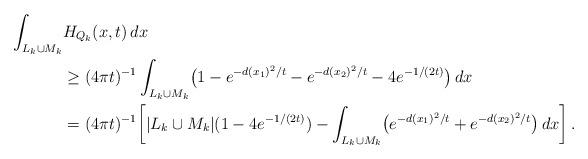
LaTeX: \begin{align*} \int_{L_k\cup M_k}&H_{Q_k}(x, t)\, dx \\ &\geq (4\pi t)^{-1}\int_{L_k\cup M_k} \bigl(1-e^{-d(x_1)^2/t}-e^{-d(x_2)^2/t}-4e^{-1/(2t)}\bigr)\, dx \\ &= (4\pi t)^{-1}\biggl[|L_k\cup M_k|(1-4e^{-1/(2t)}) -\int_{L_k\cup M_k} \bigl(e^{-d(x_1)^2/t}+e^{-d(x_2)^2/t}\bigr)\, dx\biggr]\, .\end{align*}